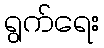
ရွက်ရေး